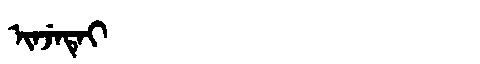
Manchu: ᡳᠨᠵᡝᡨᡝᡳ
Romanization: INJETEI